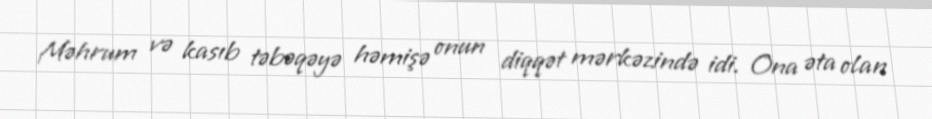
Məhrum və kasıb təbəqəyə həmişə onun diqqət mərkəzində idi. Ona əta olan